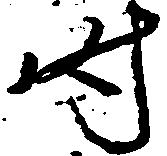
時